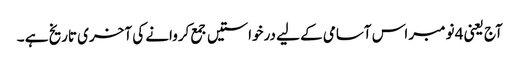
آج یعنی 4 نومبر اس آسامی کے لیے درخواستیں جمع کروانے کی آخری تاریخ ہے ۔